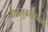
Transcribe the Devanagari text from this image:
बालसुब्रमण्यम्